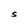
Character: S